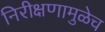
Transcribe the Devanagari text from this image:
निरीक्षणामुळेच